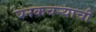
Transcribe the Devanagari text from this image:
घनकचर्‍याची